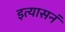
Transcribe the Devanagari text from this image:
इत्यासनं